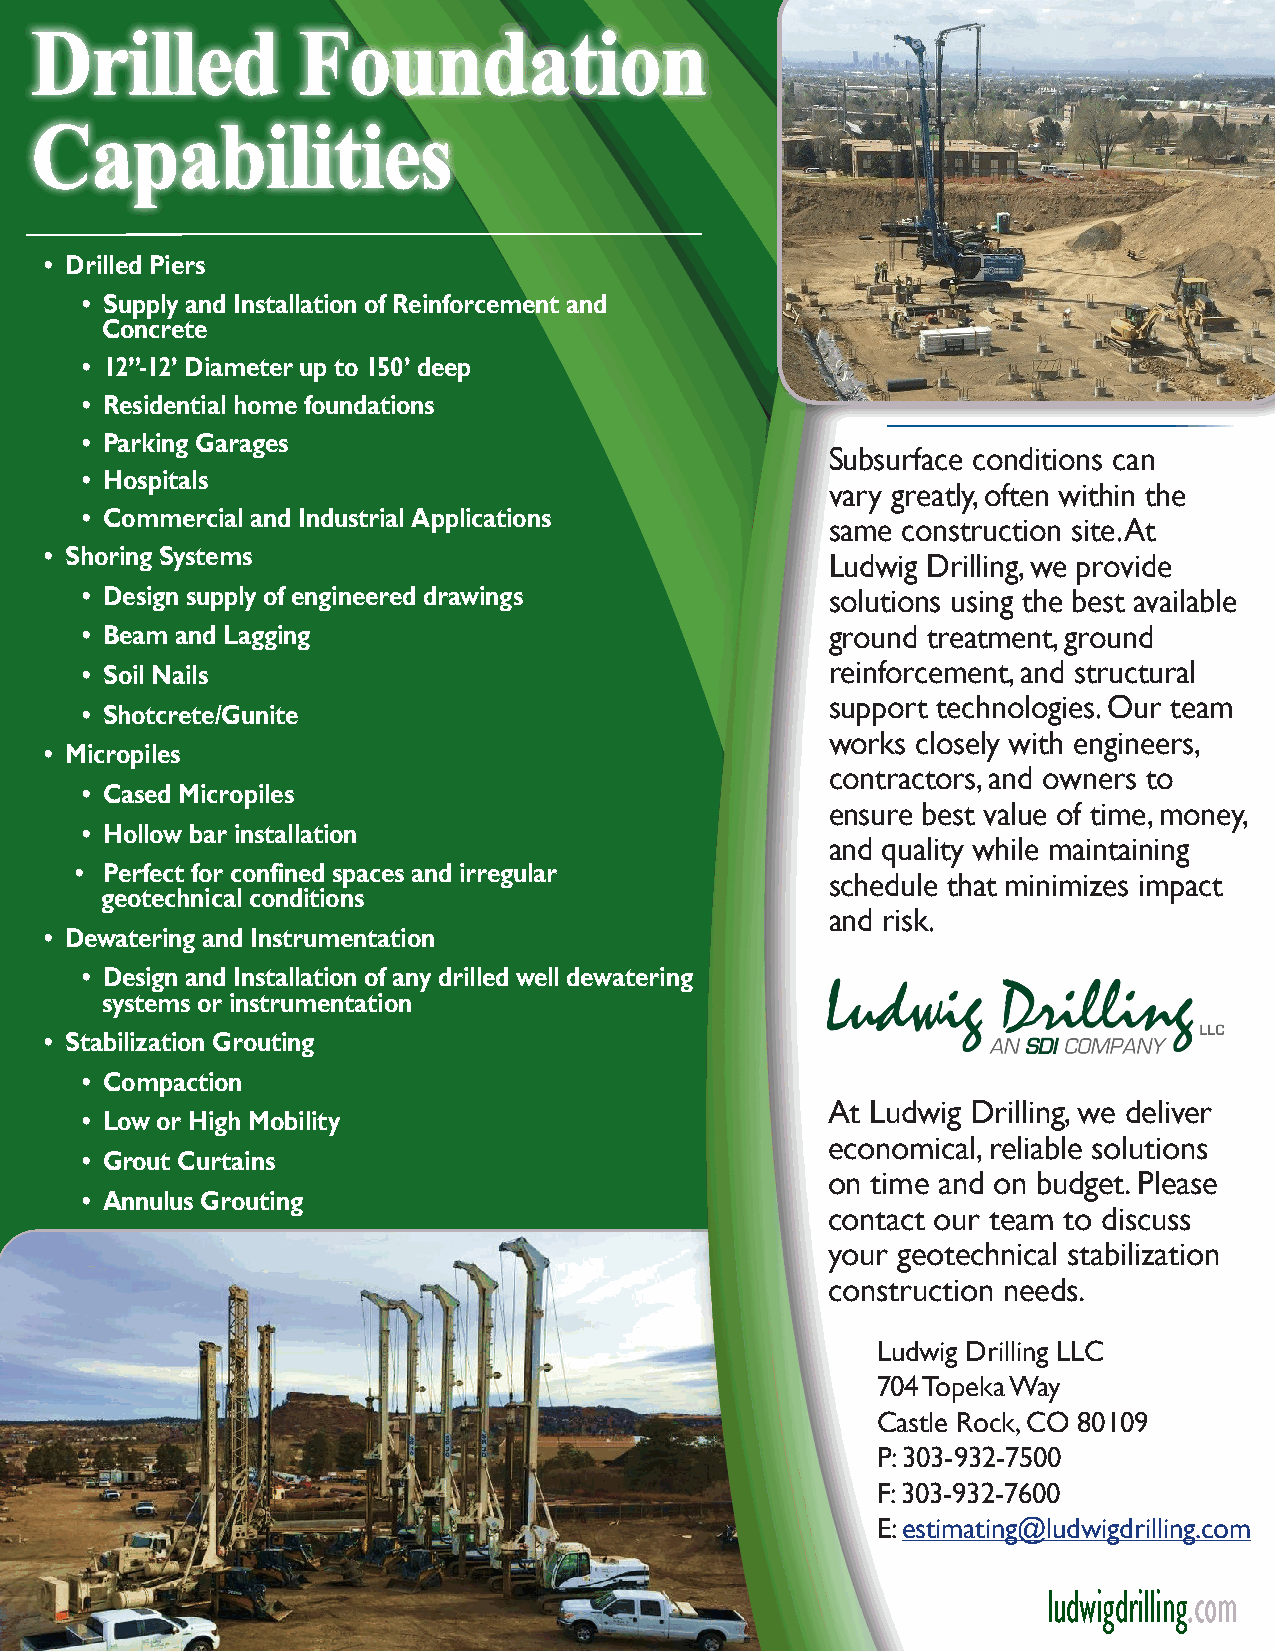
DDrriilllleedd    FFoouunnddaattiioonn
 CCaappaabbiilliittiieess
 • Drilled Piers
 • Supply and Installation of Reinforcement and
 Concrete
 • 12”-12’ Diameter up to 150’ deep
 • Residential home foundations
 • Parking Garages
 Subsurface conditions can
 • Hospitals
 vary greatly, often within the
 • Commercial and Industrial Applications
 same construction site. At
 • Shoring Systems                                   Ludwig Drilling, we provide
 • Design supply of engineered drawings            solutions using the best available
 • Beam and Lagging                                ground treatment, ground
 reinforcement, and structural
 • Soil Nails
 support technologies. Our team
 • Shotcrete/Gunite
 works closely with engineers,
 • Micropiles
 contractors, and owners to
 • Cased Micropiles
 ensure best value of time, money,
 • Hollow bar installation
 and quality while maintaining
 • Perfect for confined spaces and irregular
 schedule that minimizes impact
 geotechnical conditions
 and risk.
 • Dewatering and Instrumentation
 • Design and Installation of any drilled well dewatering
 systems or instrumentation
 • Stabilization Grouting
 • Compaction
 At Ludwig Drilling, we deliver
 • Low or High Mobility
 economical, reliable solutions
 • Grout Curtains
 on time and on budget. Please
 • Annulus Grouting
 contact our team to discuss
 your geotechnical stabilization
 construction needs.
 Ludwig Drilling LLC
 704 Topeka Way
 Castle Rock, CO 80109
 P: 303-932-7500
 F: 303-932-7600
 E: estimating@ludwigdrilling.com
 ludwigdrilling.com